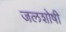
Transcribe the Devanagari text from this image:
जलशोषी